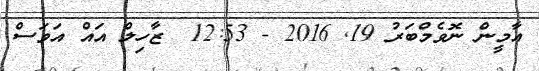
އާމީން ނޮވެމްބަރު 19